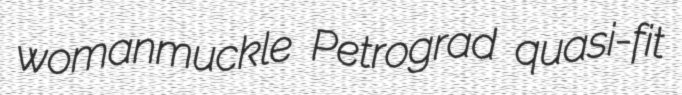
womanmuckle Petrograd quasi-fit